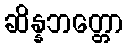
ဆိန္နဘတ္တော